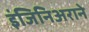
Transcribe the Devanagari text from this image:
इंजिनिअराने